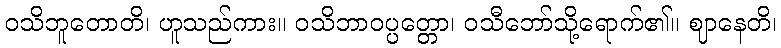
ဝသိဘူတောတိ၊ ဟူသည်ကား။ ဝသိဘာဝပ္ပတ္တော၊ ဝသီဘော်သို့ရောက်၏။ ဈာနေတိ၊